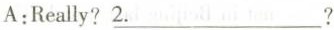
A:Really?\underline{2.} ?